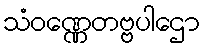
သံဝဏ္ဏေတဗ္ဗပါဌော